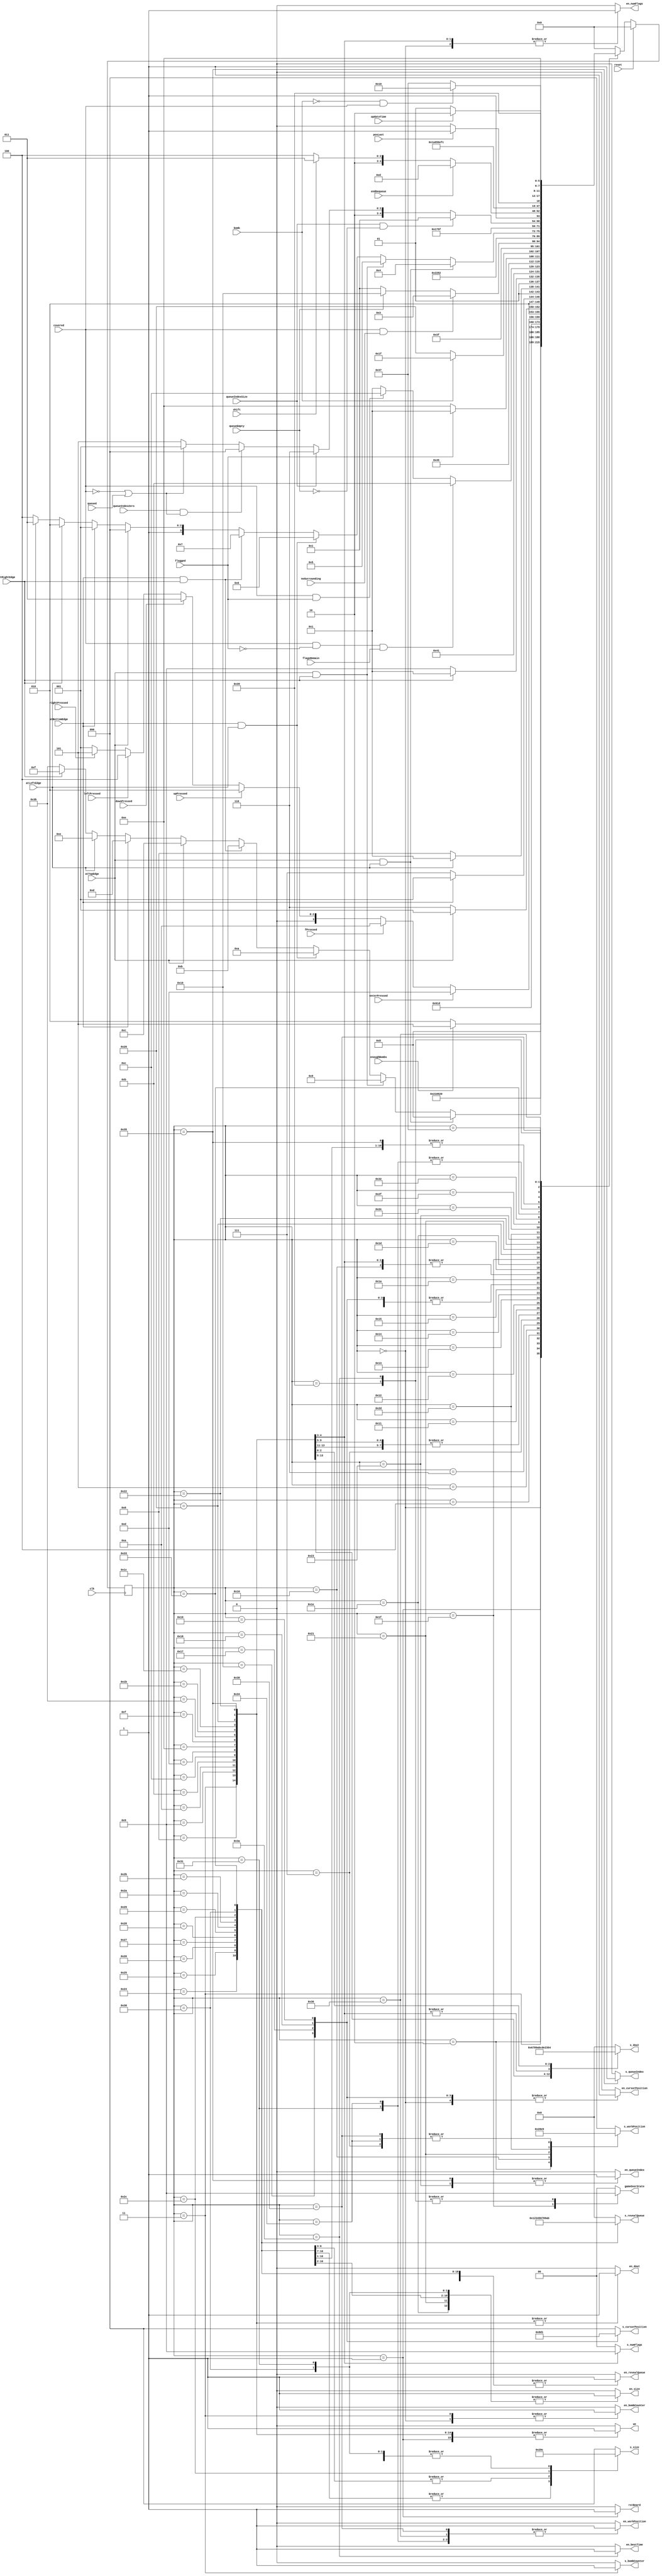
module minesweeper_controller_v2 (
	input clk,
	input reset,
	
	//control signals
	output reg en_workPosition, en_cursorPosition, en_dout, en_bombCounter, 
	output reg en_revealQueue, en_size, en_numFlags, en_queueIndex,
	
	output reg [3:0] s_revealQueue, s_dout,
	output reg [2:0] s_workPosition, s_cursorPosition, s_size, 
	output reg [1:0] s_numFlags, 
	output reg s_bombCounter, s_queueIndex,
	
	output reg we, rstBoard, en_bestTime,
	output reg [1:0] gameOverState,

	
	//flags
	input atTopEdge, atLeftEdge, atRightEdge, atBottomEdge,
	input queueEmpty, noSurrounding, bomb, flagged, covered, posLast, enoughBombs, flagsRemain, 
	input queueIndexZero, queueIndexSize, shift, endDequeue, updateTime, queued,
	
	input upPressed, downPressed, leftPressed, rightPressed, enterPressed, fPressed
 );

	parameter init = 6'd0;
	parameter initializeBoard = 6'd1;
	parameter getRandom = 6'd2;
	parameter placeBomb = 6'd3;
	parameter checkLastBomb = 6'd4;
	parameter rstWorkPosLoad = 6'd5;
	parameter checkWorkPosLoad = 6'd6;
	parameter incrWorkPosLoad = 6'd7;
	parameter topLeftLoad = 6'd8;
	parameter topRightLoad = 6'd9;
	parameter bottomLeftLoad = 6'd10;
	parameter bottomRightLoad = 6'd11;
	parameter topLoad = 6'd12;
	parameter bottomLoad = 6'd13;
	parameter leftLoad = 6'd14;
	parameter rightLoad = 6'd15;
	parameter middleLoad = 6'd59;
	parameter syncPosition= 6'd16;
	parameter gameHub = 6'd17;
	parameter checkTopEdge = 6'd18;
	parameter checkBottomEdge = 6'd19;
	parameter checkLeftEdge = 6'd20;
	parameter checkRightEdge = 6'd21;
	parameter up = 6'd22;
	parameter down = 6'd23;
	parameter left = 6'd24;
	parameter right = 6'd25;
	parameter checkCovered = 6'd26;
	parameter plantFlag = 6'd27;
	parameter retractFlag =6'd28;
	parameter checkFlagged = 6'd29;
	parameter checkBomb = 6'd30;
	parameter gameOver = 6'd31;
	parameter revealSquare = 6'd32;
	parameter getNext = 6'd33;
	parameter loopReadMem = 6'd34;
	parameter addNeighbors = 6'd35;
	parameter topLeftState = 6'd36;
	parameter topRightState = 6'd37;
	parameter bottomLeftState = 6'd38;
	parameter bottomRightState = 6'd39;
	parameter topState = 6'd40;
	parameter bottomState = 6'd41;
	parameter leftState = 6'd42;
	parameter rightState = 6'd43;
	parameter middleState = 6'd44;
	parameter workPosToQIndex = 6'd45;
	parameter readMemRemoval = 6'd46;
	parameter checkLastIndex = 6'd47;
	parameter dequeueFirst = 6'd48;
	parameter dequeue = 6'd49;
	parameter checkWorkPos = 6'd50;
	parameter shiftIntoPosition = 6'd51;
	parameter incrPosDequeue = 6'd52;
	parameter incrQIndex = 6'd53;
	parameter rstWorkPosWinChecker = 6'd54;
	parameter checkWin = 6'd55;
	parameter checkNotWin = 6'd56;
	parameter gameWon = 6'd57;
	parameter updateBestTime = 6'd58;


 
 
	reg [5:0] state, next_state;

	always @(posedge clk)
		if (reset)
			state <= init;
		else
			state <= next_state;

	always @(*) begin
		en_workPosition = 0;
		s_workPosition = 0;
		en_cursorPosition = 0;
		s_cursorPosition = 0;
		en_dout = 0;
		s_dout = 0;
		en_bombCounter = 0;
		s_bombCounter = 0;
		en_revealQueue = 0;
		s_revealQueue = 0;
		en_size=0;
		s_size=0;
		en_numFlags=0;
		s_numFlags=0;
		en_queueIndex=0;
		s_queueIndex=0;
		
		we=0;
		rstBoard=0;
		en_bestTime=0;
		gameOverState=0;
		next_state = init;
 
		case (state)
 
		init: begin
			en_workPosition = 1;
			s_workPosition = 0;
			en_bombCounter = 1;
			s_bombCounter = 0;
			en_numFlags = 1;
			s_numFlags = 0;
			en_cursorPosition =1;
			s_cursorPosition=0;
			next_state = initializeBoard;
		end
 
		initializeBoard: begin
			rstBoard = 1;
			we = 1;
			next_state = getRandom;
		end
 
		getRandom: begin
			en_workPosition= 1; 
			s_workPosition= 2;
			next_state = placeBomb;
		end
		
		placeBomb: begin
			en_dout=1;
			s_dout = 0;
			we=1;
			en_bombCounter=1;
			s_bombCounter=1;
			next_state = checkLastBomb;
		end
		
		checkLastBomb: begin
			if(enoughBombs) 
				next_state = rstWorkPosLoad;
			else
				next_state = getRandom;
		end
		
		rstWorkPosLoad: begin
			en_workPosition=1;
			s_workPosition=0;
			next_state=topLeftLoad;
		end
		
		checkWorkPosLoad: begin
			if (atTopEdge&atLeftEdge)
				next_state=topLeftLoad;
			else if (atTopEdge&atRightEdge)
				next_state=topRightLoad;
				
			else if (atBottomEdge&atLeftEdge)
				next_state=bottomLeftLoad;
			else if (atBottomEdge&atRightEdge)
				next_state=bottomRightLoad;
				
			else if(atTopEdge)
				next_state=topLoad;
			else if(atBottomEdge)
				next_state=bottomLoad;
			else if(atLeftEdge)
				next_state=leftLoad;
			else if(atRightEdge)
				next_state=rightLoad;
				
			else 
				next_state = middleLoad;
		end	
			
		incrWorkPosLoad : begin
			en_workPosition=1; s_workPosition=1;
			next_state=checkWorkPosLoad;
		end
		
		topLeftLoad: begin
			en_dout=1; s_dout=6;
			we=1;
			next_state=incrWorkPosLoad;
		end
		
		topRightLoad: begin
			en_dout=1; s_dout=7;
			we=1;
			next_state=incrWorkPosLoad;
		end
		
		bottomLeftLoad: begin
			en_dout=1; s_dout=8;
			we=1;
			next_state=incrWorkPosLoad;
		end
		
		bottomRightLoad: begin
			en_dout=1; s_dout=9;
			we=1;
			next_state=syncPosition;
		end
		
		topLoad: begin
			en_dout=1; s_dout=10;
			we=1;
			next_state=incrWorkPosLoad;
		end
		
		bottomLoad: begin
			en_dout=1; s_dout=11;
			we=1;
			next_state=incrWorkPosLoad;
		end
		
		leftLoad: begin
			en_dout=1; s_dout=12;
			we=1;
			next_state=incrWorkPosLoad;
		end
		
		rightLoad: begin
			en_dout=1; s_dout=13;
			we=1;
			next_state=incrWorkPosLoad;
		end
		
		middleLoad: begin
			en_dout=1; s_dout=14;
			we=1;
			next_state=incrWorkPosLoad;
		end
		
		syncPosition: begin 
			en_workPosition=1;
			s_workPosition=4;
			next_state = gameHub;
		end
		
		gameHub:begin 
			if (enterPressed)
				next_state = checkFlagged;
			else if (fPressed) 
				next_state = checkCovered;
			else if(upPressed) 
				next_state =	checkTopEdge;
			else if(downPressed) 
				next_state =	checkBottomEdge;
			else if(leftPressed) 
				next_state =	checkLeftEdge;
			else if(rightPressed) 
				next_state =	checkRightEdge;
			else 
				next_state =	gameHub;
		end
		
		checkTopEdge: begin
			if(atTopEdge) 
				next_state = gameHub;
			else 
				next_state = up; 
		end
		
		checkBottomEdge: begin
			if(atBottomEdge) 
				next_state = gameHub;
			else 
				next_state = down; 
		end
		
		checkLeftEdge: begin
			if(atLeftEdge) 
				next_state = gameHub;
			else 
				next_state = left; 
		end
		
		checkRightEdge: begin
			if(atRightEdge) 
				next_state = gameHub;
			else 
				next_state = right; 
		end
		
		up: begin
			en_cursorPosition=1; 
			s_cursorPosition= 4;
			next_state = syncPosition;
		end
		
		down: begin
		
			en_cursorPosition=1; 
			s_cursorPosition= 3;
			next_state = syncPosition;
		end
		
		left: begin
		
			en_cursorPosition=1; 
			s_cursorPosition= 2;
			next_state = syncPosition;
		end
		
		right: begin
		
			en_cursorPosition=1; 
			s_cursorPosition= 1;
			next_state = syncPosition;
		end
		
		checkCovered: begin
			if(covered&~flagged&flagsRemain) 
				next_state = plantFlag;
			else if(covered&flagged)
				next_state = retractFlag;
			else
				next_state = gameHub;
		end
		
		plantFlag: begin
			en_dout=1;
			s_dout=2; 
			we=1;
			en_numFlags =1;
			s_numFlags=2;
			next_state = gameHub;
		end
		
		retractFlag: begin
			en_dout=1;
			s_dout=2; 
			we=1;
			en_numFlags =1;
			s_numFlags=1;
			next_state = gameHub;
		end
		
		checkFlagged: begin
			if(flagged)
				next_state = gameHub;
			else
				next_state = checkBomb;
		end
		
		checkBomb: begin
			en_revealQueue= 1; 
			s_revealQueue= 0;
			en_size=1;
			s_size=0;
			if(bomb)
				next_state = gameOver;
			else
				next_state = revealSquare;
		end
		
		gameOver:begin
			gameOverState=2;
			next_state=gameOver;

		end
		
		revealSquare: begin
			en_dout=1;
			s_dout=3;
			we=1;

			if(covered&noSurrounding) 
				next_state =addNeighbors;
			else if(queueEmpty) 
				next_state = rstWorkPosWinChecker;
			else 
				next_state = getNext;

		end
		
		getNext: begin
			en_workPosition =1;
			s_workPosition=3;
			en_size=1;
			s_size=4;
			next_state = loopReadMem;
		end
		
		loopReadMem: begin
			//allows din to update
			en_dout=1; s_dout=5; we=1;
			next_state=revealSquare;
		end
		
		addNeighbors: begin 
			en_queueIndex=1;
			s_queueIndex=0;
			if (atTopEdge&atLeftEdge)
				next_state=topLeftState;
			else if (atTopEdge&atRightEdge)
				next_state=topRightState;
				
			else if (atBottomEdge&atLeftEdge)
				next_state=bottomLeftState;
			else if (atBottomEdge&atRightEdge)
				next_state=bottomRightState;
				
			else if(atTopEdge)
				next_state=topState;
			else if(atBottomEdge)
				next_state=bottomState;
			else if(atLeftEdge)
				next_state=leftState;
			else if(atRightEdge)
				next_state=rightState;
				
			else 
				next_state = middleState;
		end
		

		topLeftState: begin
			en_size=1;
			s_size=1;
			en_revealQueue=1;
			s_revealQueue=1;
			next_state=workPosToQIndex;
		end
		
		topRightState: begin
			en_size=1;
			s_size=1;
			en_revealQueue=1;
			s_revealQueue=2;
			next_state=workPosToQIndex;
		end
		
		bottomLeftState: begin
			en_size=1;
			s_size=1;
			en_revealQueue=1;
			s_revealQueue=3;
			next_state=workPosToQIndex;
		end
		
		bottomRightState: begin
			en_size=1;
			s_size=1;
			en_revealQueue=1;
			s_revealQueue=4;
			next_state=workPosToQIndex;
		end
		
		topState: begin
			en_size=1;
			s_size=2;
			en_revealQueue=1;
			s_revealQueue=5;
			next_state=workPosToQIndex;
		end
		
		bottomState: begin
			en_size=1;
			s_size=2;
			en_revealQueue=1;
			s_revealQueue=6;
			next_state=workPosToQIndex;
		end
		
		leftState: begin
			en_size=1;
			s_size=2;
			en_revealQueue=1;
			s_revealQueue=7;
			next_state=workPosToQIndex;
		end
		
		rightState: begin
			en_size=1;
			s_size=2;
			en_revealQueue=1;
			s_revealQueue=8;
			next_state=workPosToQIndex;
		end
		
		middleState: begin
			en_size=1;
			s_size=3;
			en_revealQueue=1;
			s_revealQueue=9;
			next_state=workPosToQIndex;
		end
		
		workPosToQIndex: begin
			en_workPosition=1;
			s_workPosition=5;
			next_state=readMemRemoval;
		end
		
		readMemRemoval: begin
			next_state=checkLastIndex;
		end
		
		checkLastIndex: begin
			if(queueIndexSize&~queueEmpty)
				next_state=getNext;
			else if(queueIndexSize)
				next_state=rstWorkPosWinChecker;
			else if(queueIndexZero&(~covered|queued))
				next_state=dequeueFirst;
			else if(~covered|queued)
				next_state=dequeue;
			else
				next_state=incrQIndex;
		end
		
		dequeueFirst: begin
			en_revealQueue=1;
			s_revealQueue=10;
			en_size=1;
			s_size=4;
			next_state=workPosToQIndex;
		end
		
		dequeue: begin
			en_workPosition=1;
			s_workPosition=0;
			en_size=1;
			s_size=4;
			next_state=checkWorkPos;
		end
		
		checkWorkPos: begin
			if(endDequeue)
				next_state=workPosToQIndex;
			else if(shift)
				next_state=shiftIntoPosition;
			else
				next_state=incrPosDequeue;
		end
		
		shiftIntoPosition: begin
			en_revealQueue=1;
			s_revealQueue=11;
			next_state=incrPosDequeue;
		end
		
		incrPosDequeue: begin
			en_workPosition=1;
			s_workPosition=1;
			next_state=checkWorkPos;
		end
		
		incrQIndex: begin
			en_queueIndex=1;
			s_queueIndex=1;
			en_dout=1; s_dout=4;
			we=1;
			next_state=workPosToQIndex;
		end
		
		rstWorkPosWinChecker: begin
			en_workPosition=1;
			s_workPosition=0;
			next_state=checkWin;
		end
		
		checkWin: begin
			if(posLast)
				next_state=gameWon;
			else
				next_state=checkNotWin;
		end
		
		checkNotWin: begin
			en_workPosition=1;
			s_workPosition=1;
			if(~bomb&covered)
				next_state=syncPosition;
			else
				next_state=checkWin;
		end
		
		gameWon: begin
			gameOverState=1;
			if(updateTime)
				next_state=updateBestTime;
			else
				next_state=gameWon;
		end
		
		updateBestTime: begin
			gameOverState=1;
			en_bestTime=1;
			next_state=gameWon;
		end
		

 default: ;
 endcase
 end

endmodule